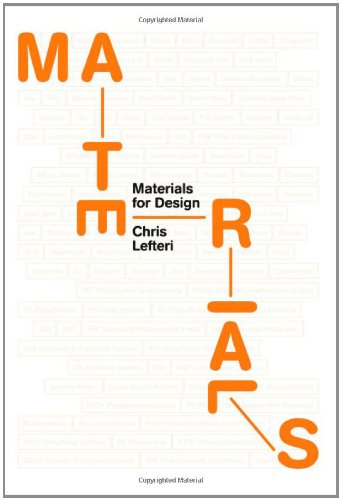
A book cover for Materials for Design; Chris Lefteri; Arts & Photography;